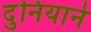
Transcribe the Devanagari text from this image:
दुनियाने